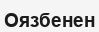
Оязбенен